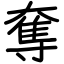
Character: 奪